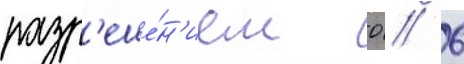
разр'еше́н'ием 0 / 6